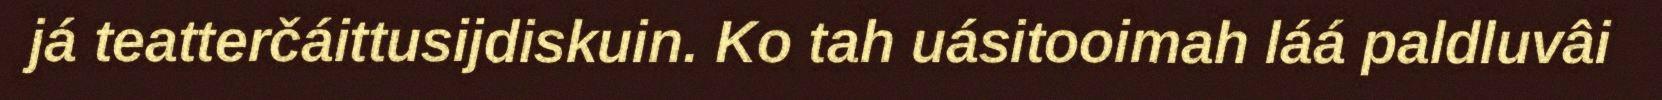
já teatterčáittusijdiskuin. Ko tah uásitooimah láá paldluvâi